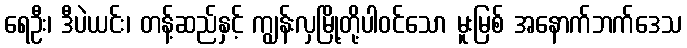
ရေဦး၊ ဒီပဲယင်း၊ တန့်ဆည်နှင့် ကျွန်းလှမြို့တို့ပါဝင်သော မူးမြစ် အနောက်ဘက်ဒေသ